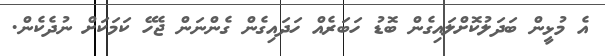
އެ މުޅީން ބަދަލުކޮށްލައިގެން ބޮޑު ހަބަރެއް ހަދައިގެން ގެންނަން ޖެހޭ ކަމަކަށް ނުދެކެން.